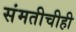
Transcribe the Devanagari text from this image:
संमतीचीही